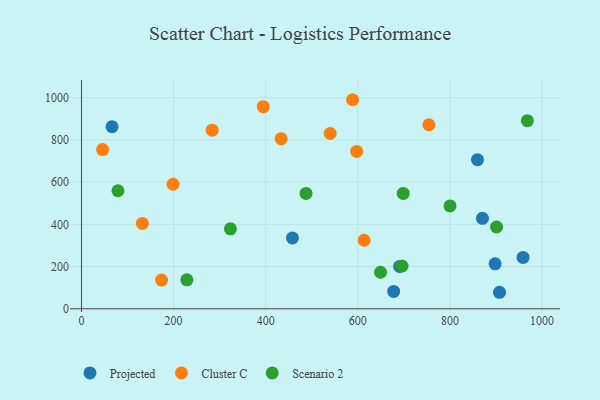
{"axis": {"x": "Ad Spend", "y": "Salary"}, "legend": ["Cluster C", "Projected", "Scenario 2"], "data": [{"x": "958.6", "y": 243.2, "type": "Projected"}, {"x": "66.4", "y": 862.5, "type": "Projected"}, {"x": "690.7", "y": 200.6, "type": "Projected"}, {"x": "458.0", "y": 335.4, "type": "Projected"}, {"x": "898.0", "y": 212.7, "type": "Projected"}, {"x": "677.7", "y": 81.8, "type": "Projected"}, {"x": "907.5", "y": 78.0, "type": "Projected"}, {"x": "859.7", "y": 706.4, "type": "Projected"}, {"x": "870.5", "y": 428.2, "type": "Projected"}, {"x": "173.9", "y": 135.6, "type": "Cluster C"}, {"x": "613.7", "y": 324.5, "type": "Cluster C"}, {"x": "597.4", "y": 745.2, "type": "Cluster C"}, {"x": "588.5", "y": 990.4, "type": "Cluster C"}, {"x": "198.8", "y": 589.9, "type": "Cluster C"}, {"x": "394.6", "y": 957.5, "type": "Cluster C"}, {"x": "754.2", "y": 871.9, "type": "Cluster C"}, {"x": "132.2", "y": 404.4, "type": "Cluster C"}, {"x": "283.8", "y": 846.1, "type": "Cluster C"}, {"x": "539.9", "y": 830.9, "type": "Cluster C"}, {"x": "433.4", "y": 805.7, "type": "Cluster C"}, {"x": "45.9", "y": 754.1, "type": "Cluster C"}, {"x": "800.0", "y": 487.0, "type": "Scenario 2"}, {"x": "79.2", "y": 559.0, "type": "Scenario 2"}, {"x": "649.2", "y": 172.8, "type": "Scenario 2"}, {"x": "695.9", "y": 202.5, "type": "Scenario 2"}, {"x": "228.8", "y": 137.0, "type": "Scenario 2"}, {"x": "901.1", "y": 387.2, "type": "Scenario 2"}, {"x": "323.4", "y": 378.6, "type": "Scenario 2"}, {"x": "968.0", "y": 891.1, "type": "Scenario 2"}, {"x": "487.5", "y": 546.3, "type": "Scenario 2"}, {"x": "698.5", "y": 546.3, "type": "Scenario 2"}]}